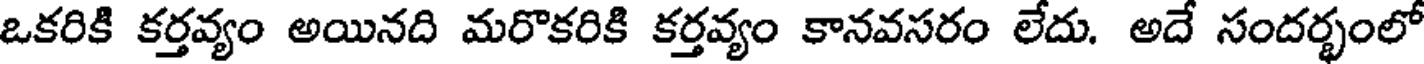
ఒకరికి కర్తవ్యం అయినది మరొకరికి కర్తవ్యం కానవసరం లేదు. అదే సందర్భంలో